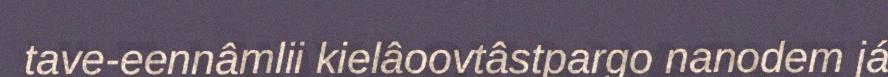
tave-eennâmlii kielâoovtâstpargo nanodem já